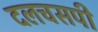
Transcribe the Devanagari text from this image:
दलचसपी